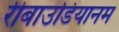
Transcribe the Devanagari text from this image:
रीबाउडियानम